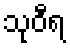
သုဝီရ